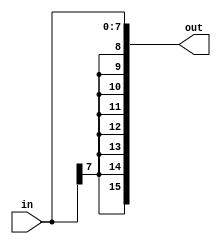


module sign_ext ( // 816 	
input [7:0] in, 	
output [15:0] out ); 	
assign out = {in[7], in[7], in[7], in[7], in[7], in[7], in[7], in[7], in[7:0]}; 

endmodule